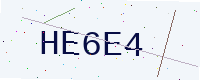
Text: HE6E4